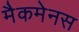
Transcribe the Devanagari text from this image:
मैकमेनस